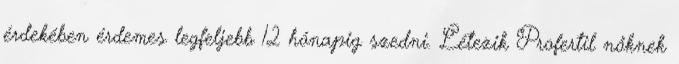
érdekében érdemes legfeljebb 12 hónapig szedni. Létezik Profertil nőknek